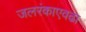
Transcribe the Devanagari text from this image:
जलरंकाएवढा